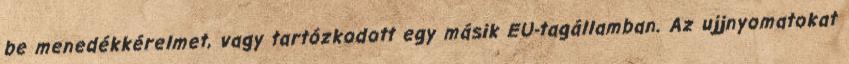
be menedékkérelmet, vagy tartózkodott egy másik EU-tagállamban. Az ujjnyomatokat